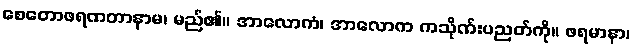
စေတောဖရဏတာနာမ၊ မည်၏။ အာလောကံ၊ အာလောက ကသိုဏ်းပညတ်ကို။ ဖရမာနာ၊